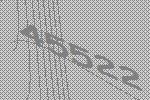
45522